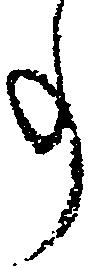
事